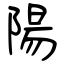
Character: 陽